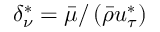
\delta _ { \nu } ^ { * } = \bar { \mu } / \left( \bar { \rho } u _ { \tau } ^ { * } \right)